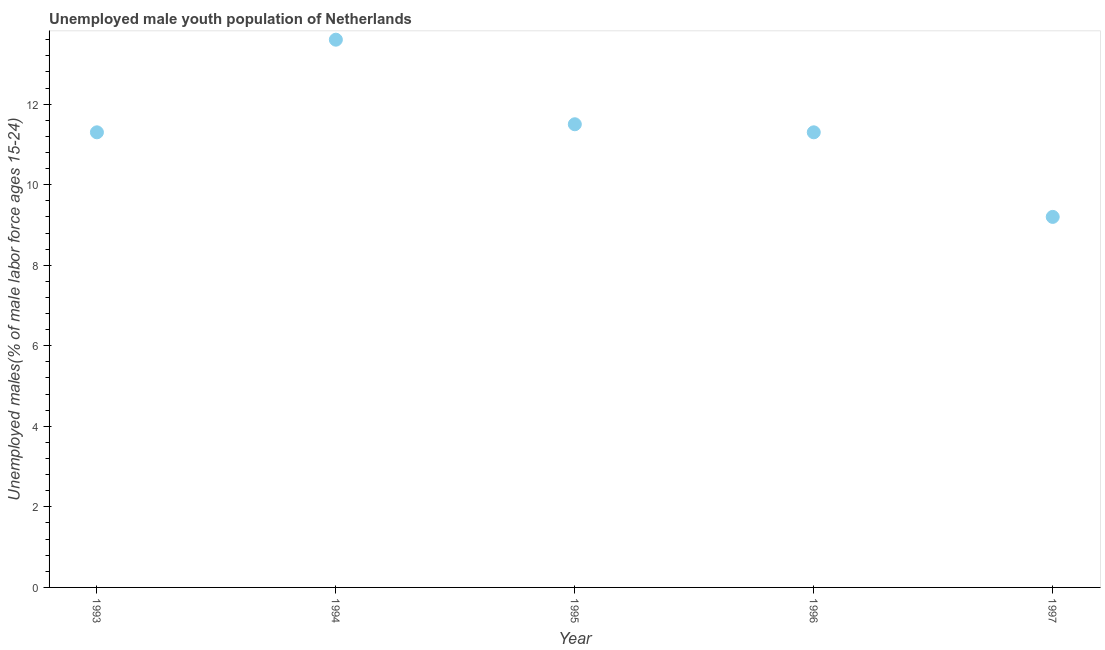
| Year | Unemployment youth male |
 | --- | --- |
 | 1993 | 11.3 |
 | 1994 | 13.6 |
 | 1995 | 11.5 |
 | 1996 | 11.3 |
 | 1997 | 9.2 |